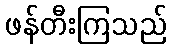
ဖန်တီးကြသည်